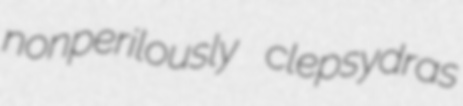
nonperilously clepsydras